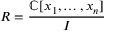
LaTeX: R = { \frac { \mathbb { C } [ x _ { 1 } , \ldots , x _ { n } ] } { I } }